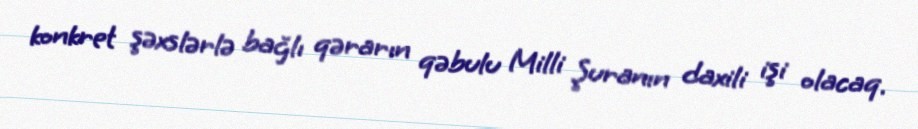
konkret şəxslərlə bağlı qərarın qəbulu Milli Şuranın daxili işi olacaq.